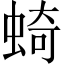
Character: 䗁